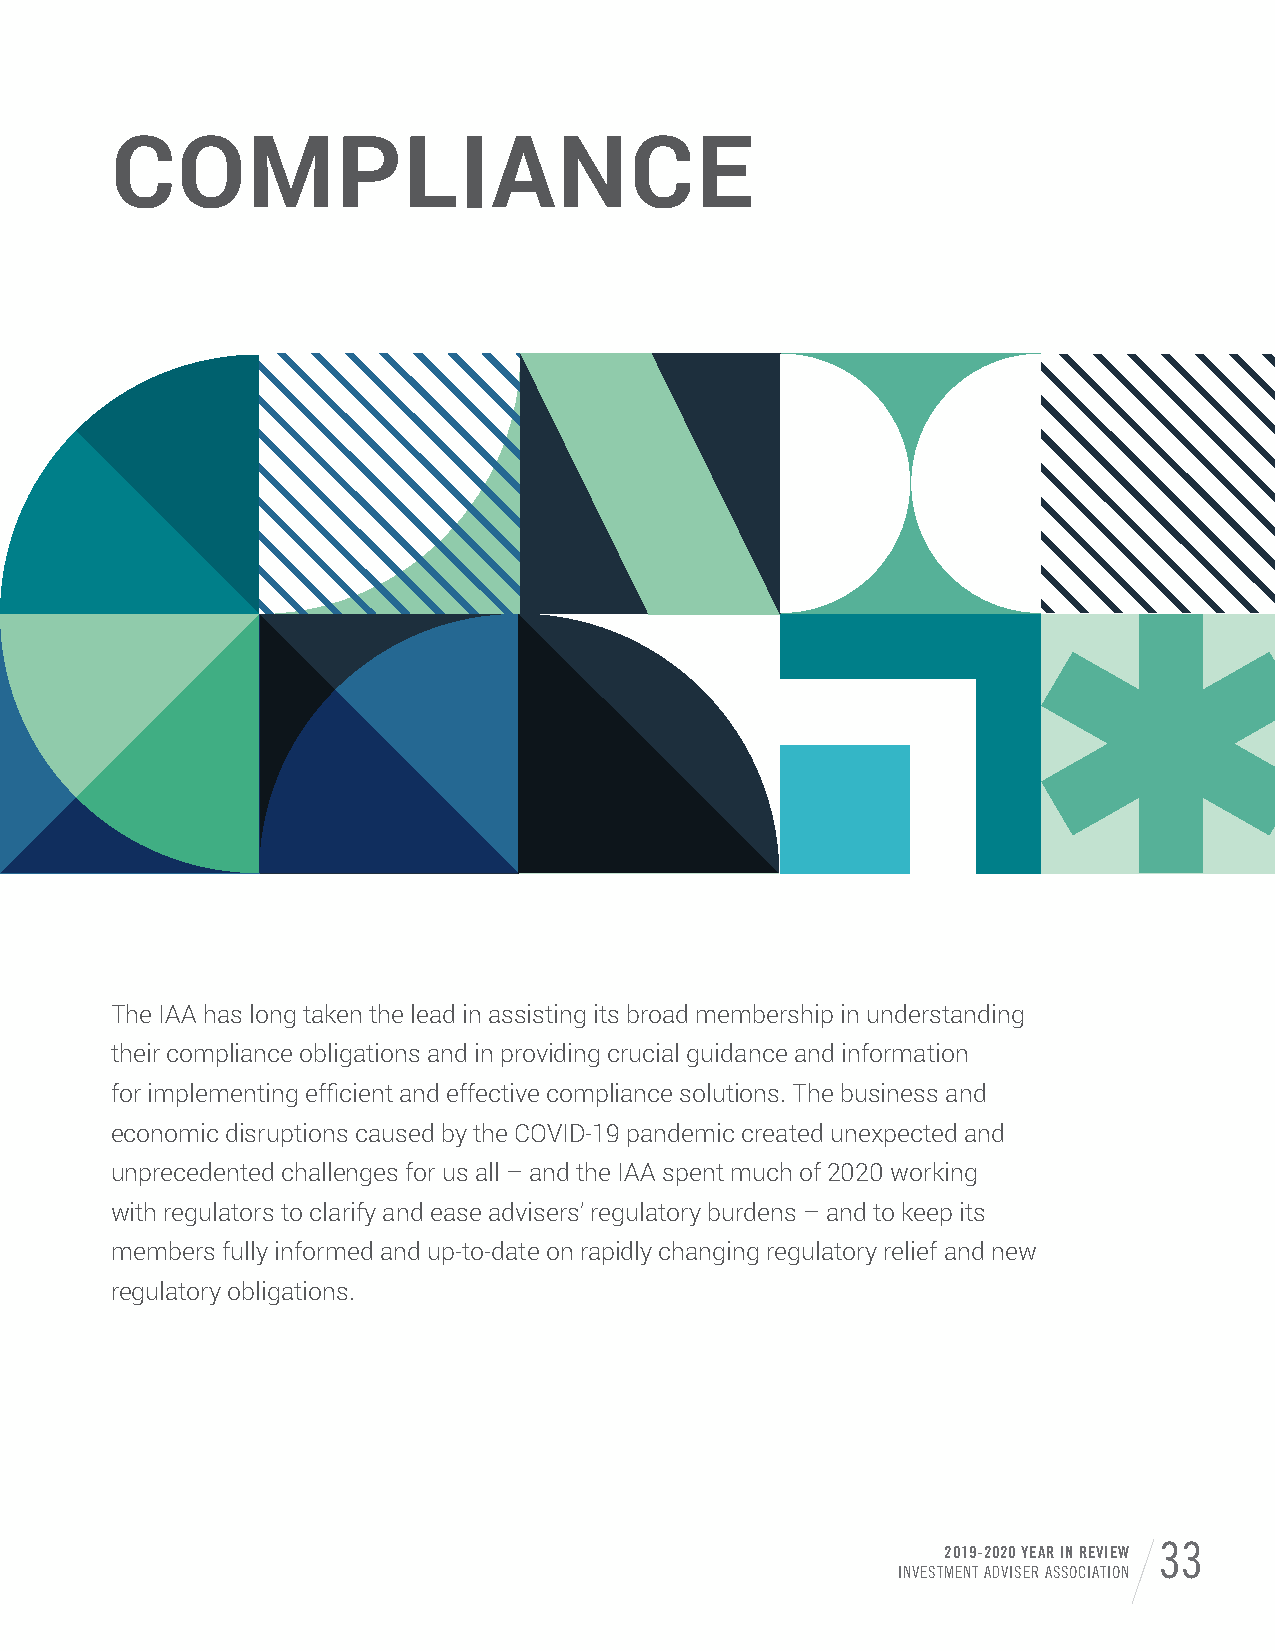
COMPLIANCE
 The IAA has long taken the lead in assisting its broad membership in understanding
 their compliance obligations and in providing crucial guidance and information
 for implementing efficient and effective compliance solutions. The business and
 economic disruptions caused by the COVID-19 pandemic created unexpected and
 unprecedented challenges for us all – and the IAA spent much of 2020 working
 with regulators to clarify and ease advisers’ regulatory burdens – and to keep its
 members fully informed and up-to-date on rapidly changing regulatory relief and new
 regulatory obligations.
 2019-2020 YEAR IN REVIEW 33
 INVESTMENT ADVISER ASSOCIATION